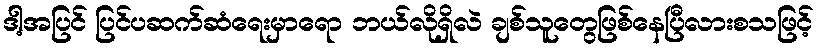
ဒါ့အပြင် ပြင်ပဆက်ဆံရေးမှာရော ဘယ်လိုရှိလဲ ချစ်သူတွေဖြစ်နေပြီလားစသဖြင့်